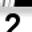
Digit: 2